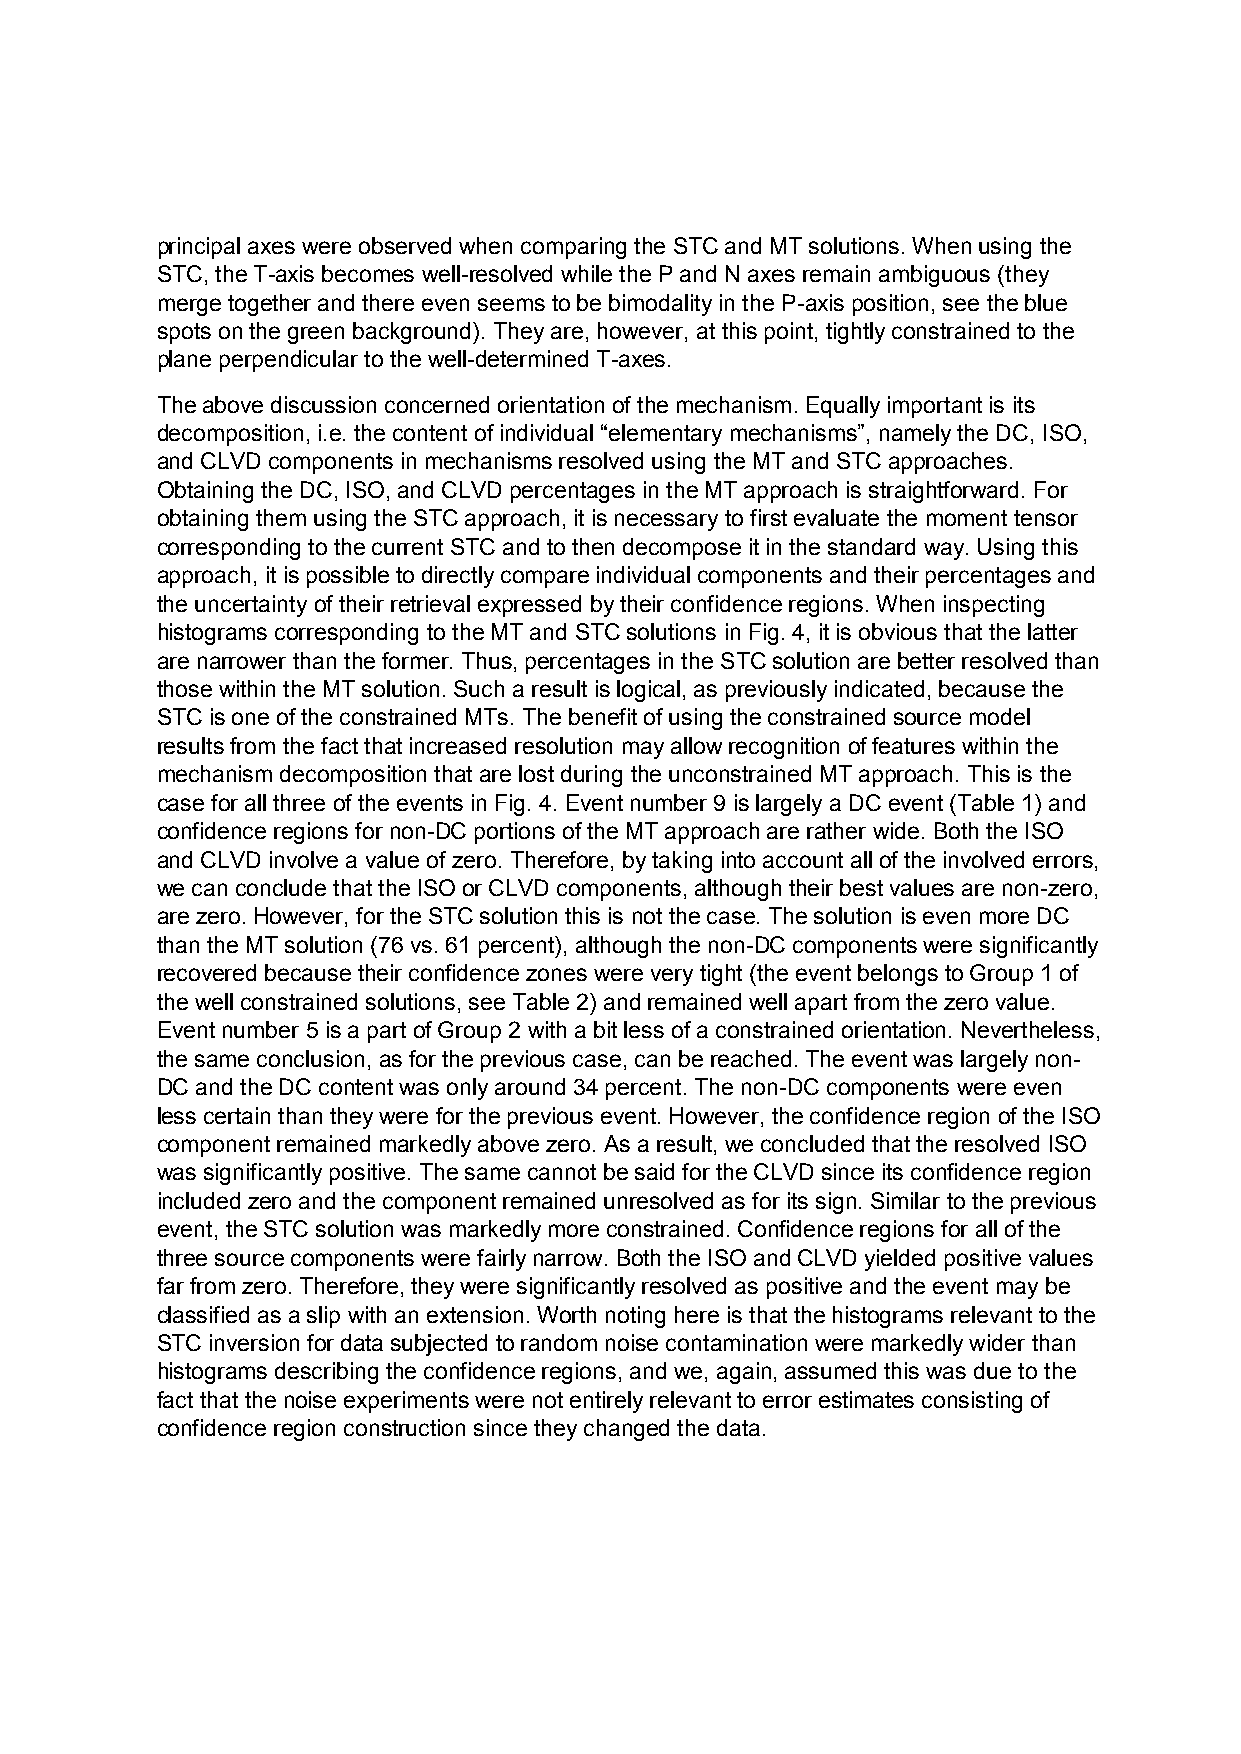
principal axes were observed when comparing the STC and MT solutions. When using the
 STC, the T-axis becomes well-resolved while the P and N axes remain ambiguous (they
 merge together and there even seems to be bimodality in the P-axis position, see the blue
 spots on the green background). They are, however, at this point, tightly constrained to the
 plane perpendicular to the well-determined T-axes.
 The above discussion concerned orientation of the mechanism. Equally important is its
 decomposition, i.e. the content of individual “elementary mechanisms”, namely the DC, ISO,
 and CLVD components in mechanisms resolved using the MT and STC approaches.
 Obtaining the DC, ISO, and CLVD percentages in the MT approach is straightforward. For
 obtaining them using the STC approach, it is necessary to first evaluate the moment tensor
 corresponding to the current STC and to then decompose it in the standard way. Using this
 approach, it is possible to directly compare individual components and their percentages and
 the uncertainty of their retrieval expressed by their confidence regions. When inspecting
 histograms corresponding to the MT and STC solutions in Fig. 4, it is obvious that the latter
 are narrower than the former. Thus, percentages in the STC solution are better resolved than
 those within the MT solution. Such a result is logical, as previously indicated, because the
 STC is one of the constrained MTs. The benefit of using the constrained source model
 results from the fact that increased resolution may allow recognition of features within the
 mechanism decomposition that are lost during the unconstrained MT approach. This is the
 case for all three of the events in Fig. 4. Event number 9 is largely a DC event (Table 1) and
 confidence regions for non-DC portions of the MT approach are rather wide. Both the ISO
 and CLVD involve a value of zero. Therefore, by taking into account all of the involved errors,
 we can conclude that the ISO or CLVD components, although their best values are non-zero,
 are zero. However, for the STC solution this is not the case. The solution is even more DC
 than the MT solution (76 vs. 61 percent), although the non-DC components were significantly
 recovered because their confidence zones were very tight (the event belongs to Group 1 of
 the well constrained solutions, see Table 2) and remained well apart from the zero value.
 Event number 5 is a part of Group 2 with a bit less of a constrained orientation. Nevertheless,
 the same conclusion, as for the previous case, can be reached. The event was largely non-
 DC and the DC content was only around 34 percent. The non-DC components were even
 less certain than they were for the previous event. However, the confidence region of the ISO
 component remained markedly above zero. As a result, we concluded that the resolved ISO
 was significantly positive. The same cannot be said for the CLVD since its confidence region
 included zero and the component remained unresolved as for its sign. Similar to the previous
 event, the STC solution was markedly more constrained. Confidence regions for all of the
 three source components were fairly narrow. Both the ISO and CLVD yielded positive values
 far from zero. Therefore, they were significantly resolved as positive and the event may be
 classified as a slip with an extension. Worth noting here is that the histograms relevant to the
 STC inversion for data subjected to random noise contamination were markedly wider than
 histograms describing the confidence regions, and we, again, assumed this was due to the
 fact that the noise experiments were not entirely relevant to error estimates consisting of
 confidence region construction since they changed the data.